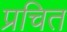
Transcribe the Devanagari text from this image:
प्रचित